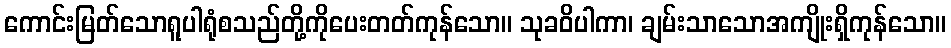
ကောင်းမြတ်သောရူပါရုံစသည်တို့ကိုပေးတတ်ကုန်သော။ သုခဝိပါကာ၊ ချမ်းသာသောအကျိုးရှိကုန်သော။